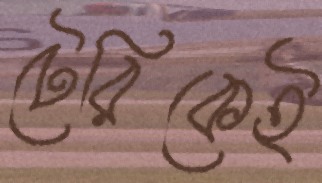
টেরিকেই